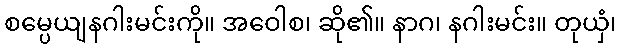
စမ္ပေယျနဂါးမင်းကို။ အဝေါစ၊ ဆို၏။ နာဂ၊ နဂါးမင်း။ တုယှံ၊